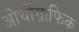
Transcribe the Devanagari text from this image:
ओर्थोग्राफिक